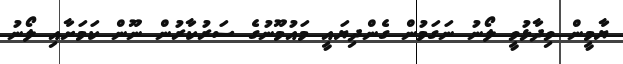
ޔާމީން ވިދާޅުވީ ލޯނު ނަގަމުން ގެންދިޔައީ މައުމޫނުގެ ސަރުކާރުން ނޫން ކަމަށާއި ލޯނު